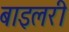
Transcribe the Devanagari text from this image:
बाइलरी